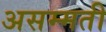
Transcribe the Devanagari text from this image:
असम्मती